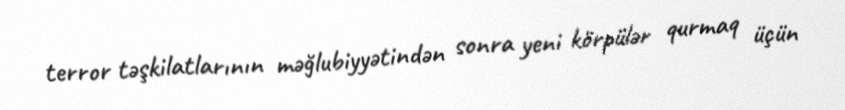
terror təşkilatlarının məğlubiyyətindən sonra yeni körpülər qurmaq üçün